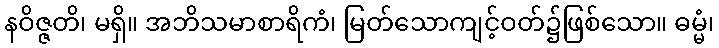
နဝိဇ္ဇတိ၊ မရှိ။ အဘိသမာစာရိကံ၊ မြတ်သောကျင့်ဝတ်၌ဖြစ်သော။ ဓမ္မံ၊